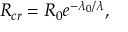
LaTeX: R _ { c r } = R _ { 0 } e ^ { - \lambda _ { 0 } / \lambda } ,